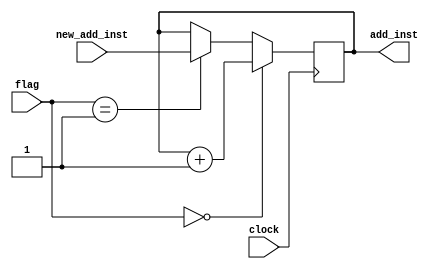
module pc_counter

(
	clock,
	flag,
	new_add_inst,
	add_inst
);

input clock;
input [1:0] flag;
input [9:0] new_add_inst;
reg [9:0] counter;
output [9:0] add_inst;

initial
	begin
		counter = 10'b0000000000;
	end
	
always @(posedge clock)
begin
	if(flag == 2'b00) begin
		counter = counter + 10'b0000000001;
	end
	else if(flag == 2'b01) begin
		counter = new_add_inst;
	end
	else if(flag == 2'b11) begin
		counter = counter;
	end
end

assign add_inst = counter;

endmodule